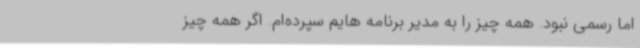
اما رسمی نبود. همه چیز را به مدیر برنامه هایم سپرده‌ام. اگر همه چیز